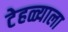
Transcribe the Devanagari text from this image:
टेहळ्याला